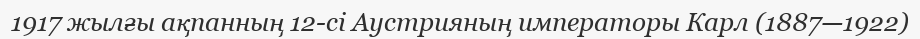
1917 жылғы ақпанның 12-сі Аустрияның императоры Карл (1887—1922)